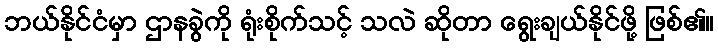
ဘယ်နိုင်ငံမှာ ဌာနခွဲကို ရုံးစိုက်သင့် သလဲ ဆိုတာ ရွေးချယ်နိုင်ဖို့ ဖြစ်၏။